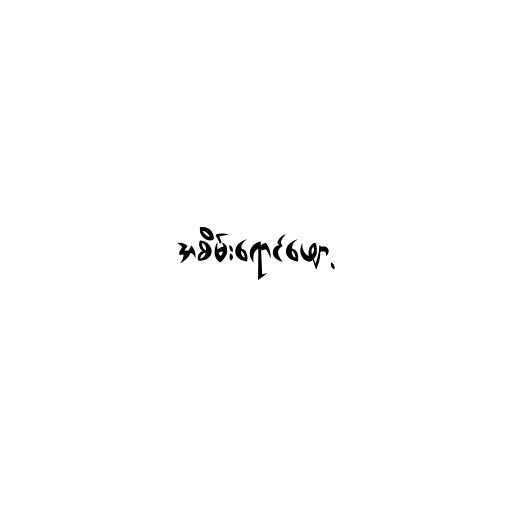
အစိမ်းရောင်ဖျော့